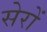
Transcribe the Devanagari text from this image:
सेरों